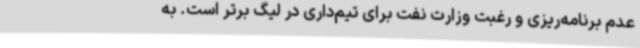
عدم برنامه‌ریزی و رغبت وزارت نفت برای تیم‌داری در لیگ برتر است. به